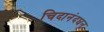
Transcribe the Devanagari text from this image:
चिदानंदघन